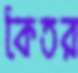
কৈতর